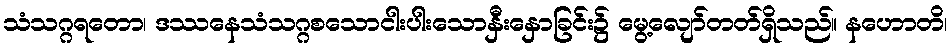
သံသဂ္ဂရတော၊ ဒဿနေသံသဂ္ဂစသောငါးပါးသောနှီးနှောခြင်း၌ မွေ့လျော်တတ်ရှိသည်။ နဟောတိ၊